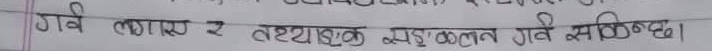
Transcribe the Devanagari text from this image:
गर्व लाग्छ र तथ्यांक संकलन गर्न सकिन्छ।